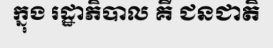
ក្នុង រដ្ឋាភិបាល គឺ ជនជាតិ